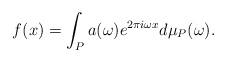
LaTeX: \begin{align*} f(x) = \int_P a(\omega) e^{2 \pi i \omega x} d \mu_P(\omega).\end{align*}